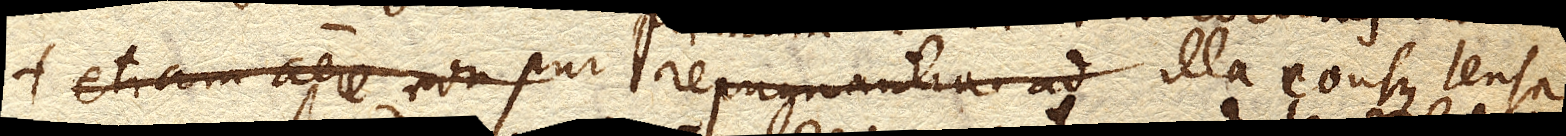
illa eousque tensa